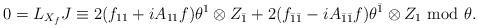
LaTeX: \begin{align*}0=L_{X_{f}}J \equiv 2(f_{11}+iA_{11}f)\theta ^{1}\otimes Z_{\bar{1}}+2(f_{\bar{1}\bar{1}}-iA_{\bar{1}\bar{1}}f)\theta ^{\bar{1}}\otimes Z_{1}\ \mathrm{mod }\ \theta . \end{align*}